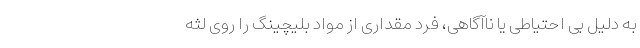
به دلیل بی احتیاطی یا ناآگاهی، فرد مقداری از مواد بلیچینگ را روی لثه